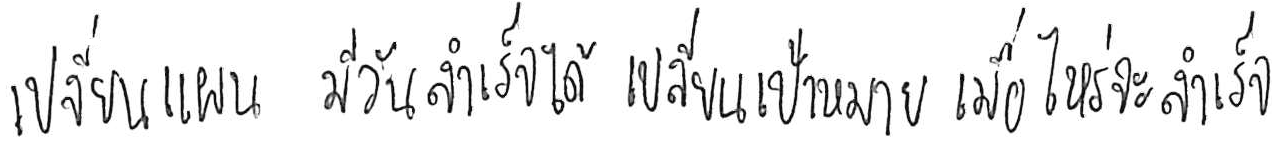
เปลี่ยนแผน มีวันสำเร็จได้ เปลี่ยนเป้าหมาย เมื่อไหร่จะสำเร็จ